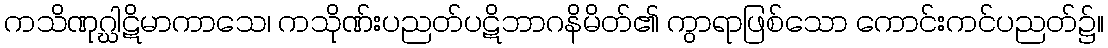
ကသိဏုဂ္ဃါဋိမာကာသေ၊ ကသိုဏ်းပညတ်ပဋိဘာဂနိမိတ်၏ ကွာရာဖြစ်သော ကောင်းကင်ပညတ်၌။